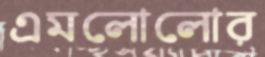
এমলোলোর